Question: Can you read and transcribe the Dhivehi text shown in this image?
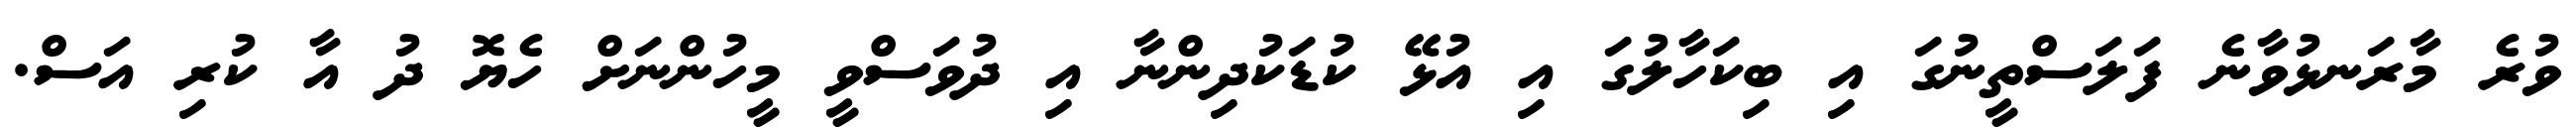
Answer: ވުރެ މާރަނޅުވާނެ ފަލަސްތީނުގަ އި ބިކަހާލުގަ އި އުޅޭ ކުޑަކުދިންނާ އި ދުވަސްވީ މީހުންނަށް ހެޔޮ ދު އާ ކުރި އަސް.